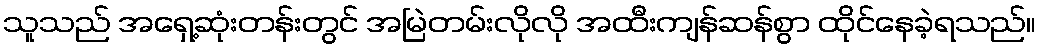
သူသည် အရှေ့ဆုံးတန်းတွင် အမြဲတမ်းလိုလို အထီးကျန်ဆန်စွာ ထိုင်နေခဲ့ရသည်။